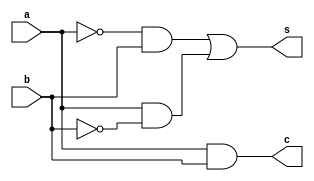
module HalfAdd(a,b,c,s);
	input a,b;
	output c,s;
	
	
	assign s = (~a&b) | (a&~b);
	assign c = a&b;
	
endmodule// Halfadd